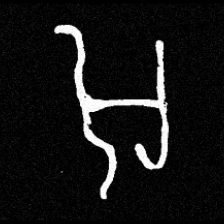
Pyu character \u2014 Myanmar letter: အ (romanized: a)